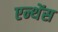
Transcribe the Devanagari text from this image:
एन्थेंस